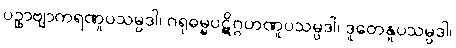
ပဥှာဗျာကရဏူပသမ္ပဒါ၊ ဂရုဓမ္မပဋိဂ္ဂဟဏူပသမ္ပဒါ၊ ဒူတေနူပသမ္ပဒါ၊